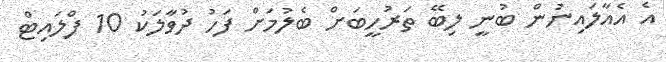
އެ އެއާލައިނުން ބުނީ ލިބޭ ތަރުހީބަށް ބެލުމަށް ފަހު ދުވާލަކު 10 ފްލައިޓް